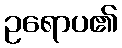
ဥရောပ၏